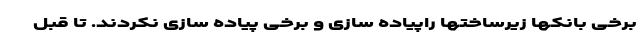
برخی بانکها زیرساختها راپیاده سازی و برخی پیاده سازی نکردند. تا قبل